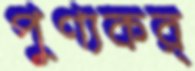
পুণ্যকর্